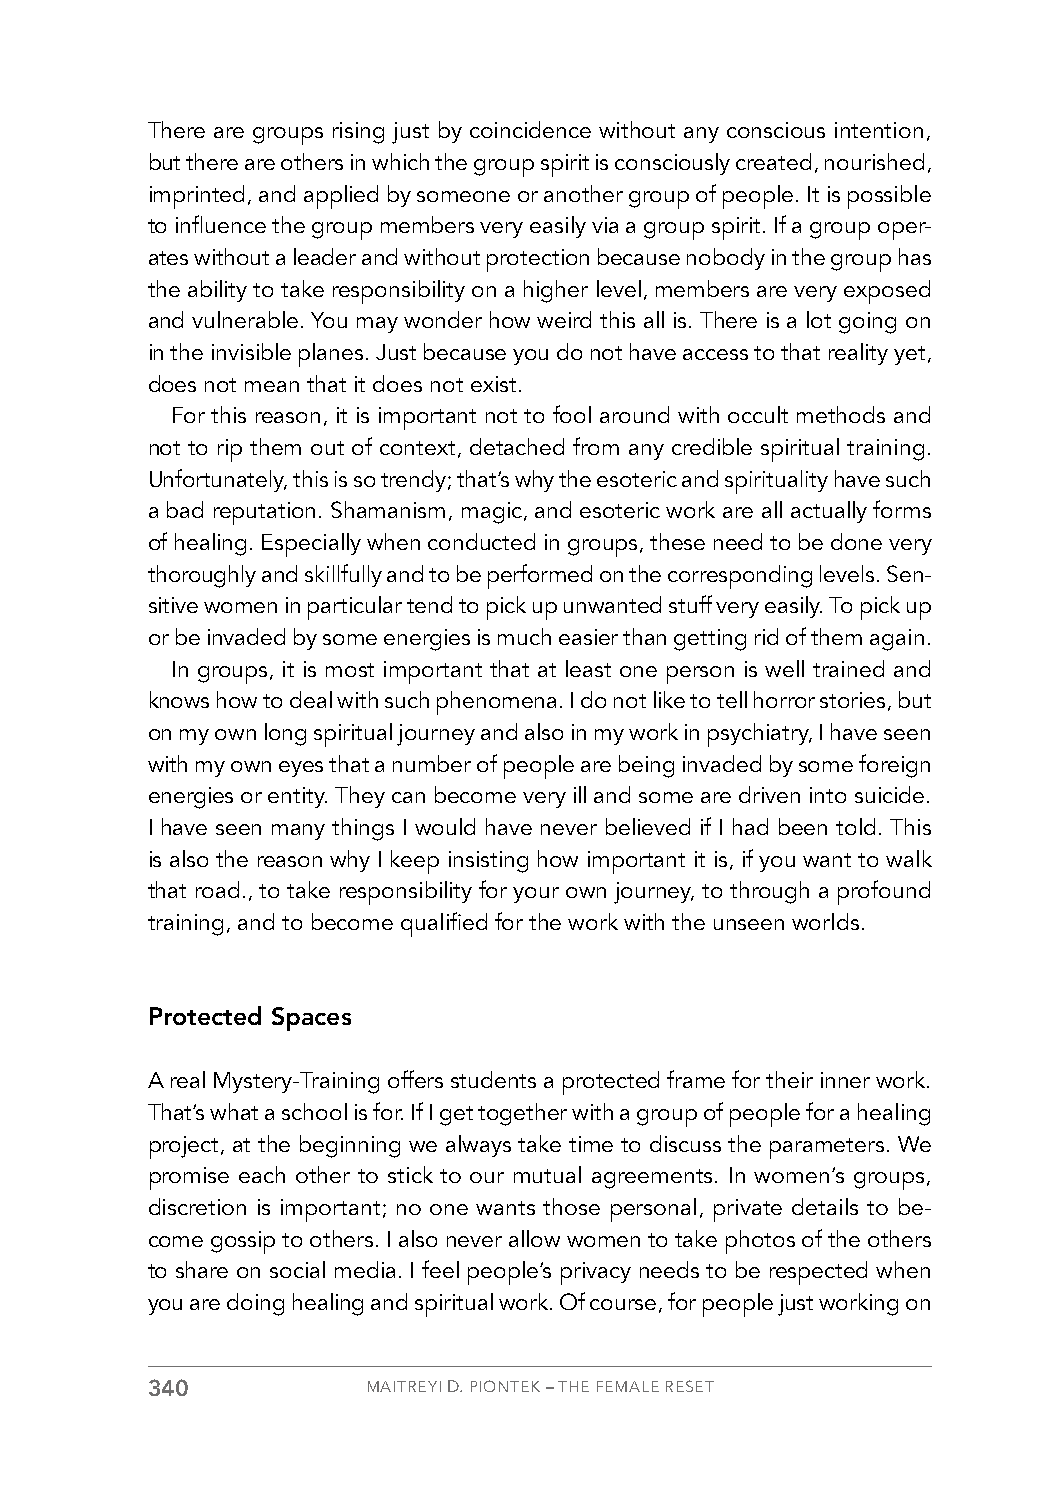
There are groups rising just by coincidence without any conscious intention,
 but there are others in which the group spirit is consciously created, nourished,
 imprinted, and applied by someone or another group of people. It is possible
 to influence the group members very easily via a group spirit. If a group oper-
 ates without a leader and without protection because nobody in the group has
 the ability to take responsibility on a higher level, members are very exposed
 and vulnerable. You may wonder how weird this all is. There is a lot going on
 in the invisible planes. Just because you do not have access to that reality yet,
 does not mean that it does not exist.
 For this reason, it is important not to fool around with occult methods and
 not to rip them out of context, detached from any credible spiritual training.
 Unfortunately, this is so trendy; that’s why the esoteric and spirituality have such
 a bad reputation. Shamanism, magic, and esoteric work are all actually forms
 of healing. Especially when conducted in groups, these need to be done very
 thoroughly and skillfully and to be performed on the corresponding levels. Sen-
 sitive women in particular tend to pick up unwanted stuff very easily. To pick up
 or be invaded by some energies is much easier than getting rid of them again.
 In groups, it is most important that at least one person is well trained and
 knows how to deal with such phenomena. I do not like to tell horror stories, but
 on my own long spiritual journey and also in my work in psychiatry, I have seen
 with my own eyes that a number of people are being invaded by some foreign
 energies or entity. They can become very ill and some are driven into suicide.
 I have seen many things I would have never believed if I had been told. This
 is also the reason why I keep insisting how important it is, if you want to walk
 that road., to take responsibility for your own journey, to through a profound
 training, and to become qualified for the work with the unseen worlds.
 Protected Spaces
 A real Mystery-Training offers students a protected frame for their inner work.
 That’s what a school is for. If I get together with a group of people for a healing
 project, at the beginning we always take time to discuss the parameters. We
 promise each other to stick to our mutual agreements. In women’s groups,
 discretion is important; no one wants those personal, private details to be-
 come gossip to others. I also never allow women to take photos of the others
 to share on social media. I feel people’s privacy needs to be respected when
 you are doing healing and spiritual work. Of course, for people just working on
 340           MAITREYI D. PIONTEK – THE FEMALE RESET